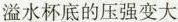
溢水杯底的压强变大